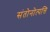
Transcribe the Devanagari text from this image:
संतोनोत्पत्ति